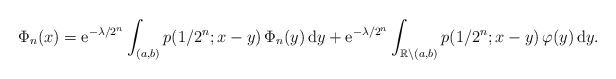
LaTeX: \begin{align*}\Phi_n(x)=\mathrm{e}^{-\lambda/2^n} \int_{(a,b)} p(1/2^n;x-y)\,\Phi_n(y)\,\mathrm{d}y +\mathrm{e}^{-\lambda/2^n} \int_{\mathbb{R}\backslash(a,b)}p(1/2^n;x-y)\,\varphi(y)\,\mathrm{d}y.\end{align*}